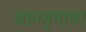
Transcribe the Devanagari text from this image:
शहामृगाचा